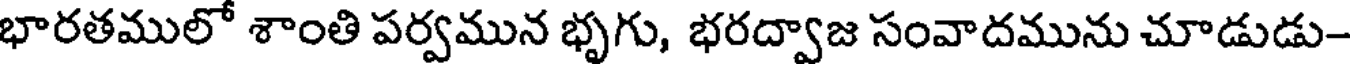
భారతములో శాంతి పర్వమున భృగు, భరద్వాజ సంవాదమును చూడుడు-